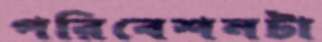
পরিবেশনটা